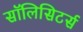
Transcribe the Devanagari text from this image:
सॉलिसिटर्स